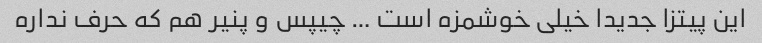
این پیتزا جدیدا خیلی خوشمزه است … چیپس و پنیر هم که حرف نداره